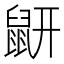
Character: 𪔾